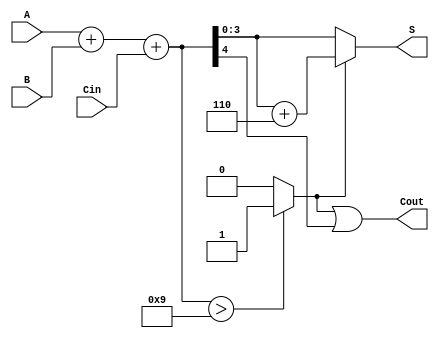
module BCD_Ripple_Carry_Adder (
    input  wire [3:0] A,     // BCD input A
    input  wire [3:0] B,     // BCD input B
    input  wire Cin,         // Carry input
    output wire [3:0] S,     // BCD sum output
    output wire Cout         // Carry output
);

    wire [4:0] sum;          // Intermediate 5-bit sum to accommodate carry
    wire correction;         // Signal to determine if we need to apply correction
    
    // Step 1: Compute the initial binary sum
    assign sum = A + B + Cin;

    // Step 2: Determine if correction is needed
    assign correction = (sum > 9) ? 1'b1 : 1'b0;

    // Step 3: Apply correction if necessary
    assign S = correction ? (sum + 5'd6) : sum[3:0];

    // Step 4: Compute Cout
    assign Cout = correction | sum[4];  // Cout is set if correction is needed or if there's a carry out

endmodule